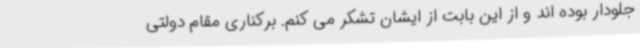
جلودار بوده اند و از این بابت از ایشان تشکر می کنم. برکناری مقام دولتی